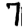
Digit: 7